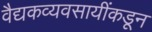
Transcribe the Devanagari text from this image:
वैद्यकव्यवसायींकडून